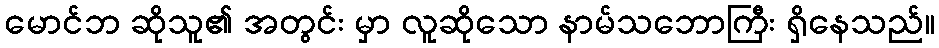
မောင်ဘ ဆိုသူ၏ အတွင်း မှာ လူဆိုသော နာမ်သဘောကြီး ရှိနေသည်။